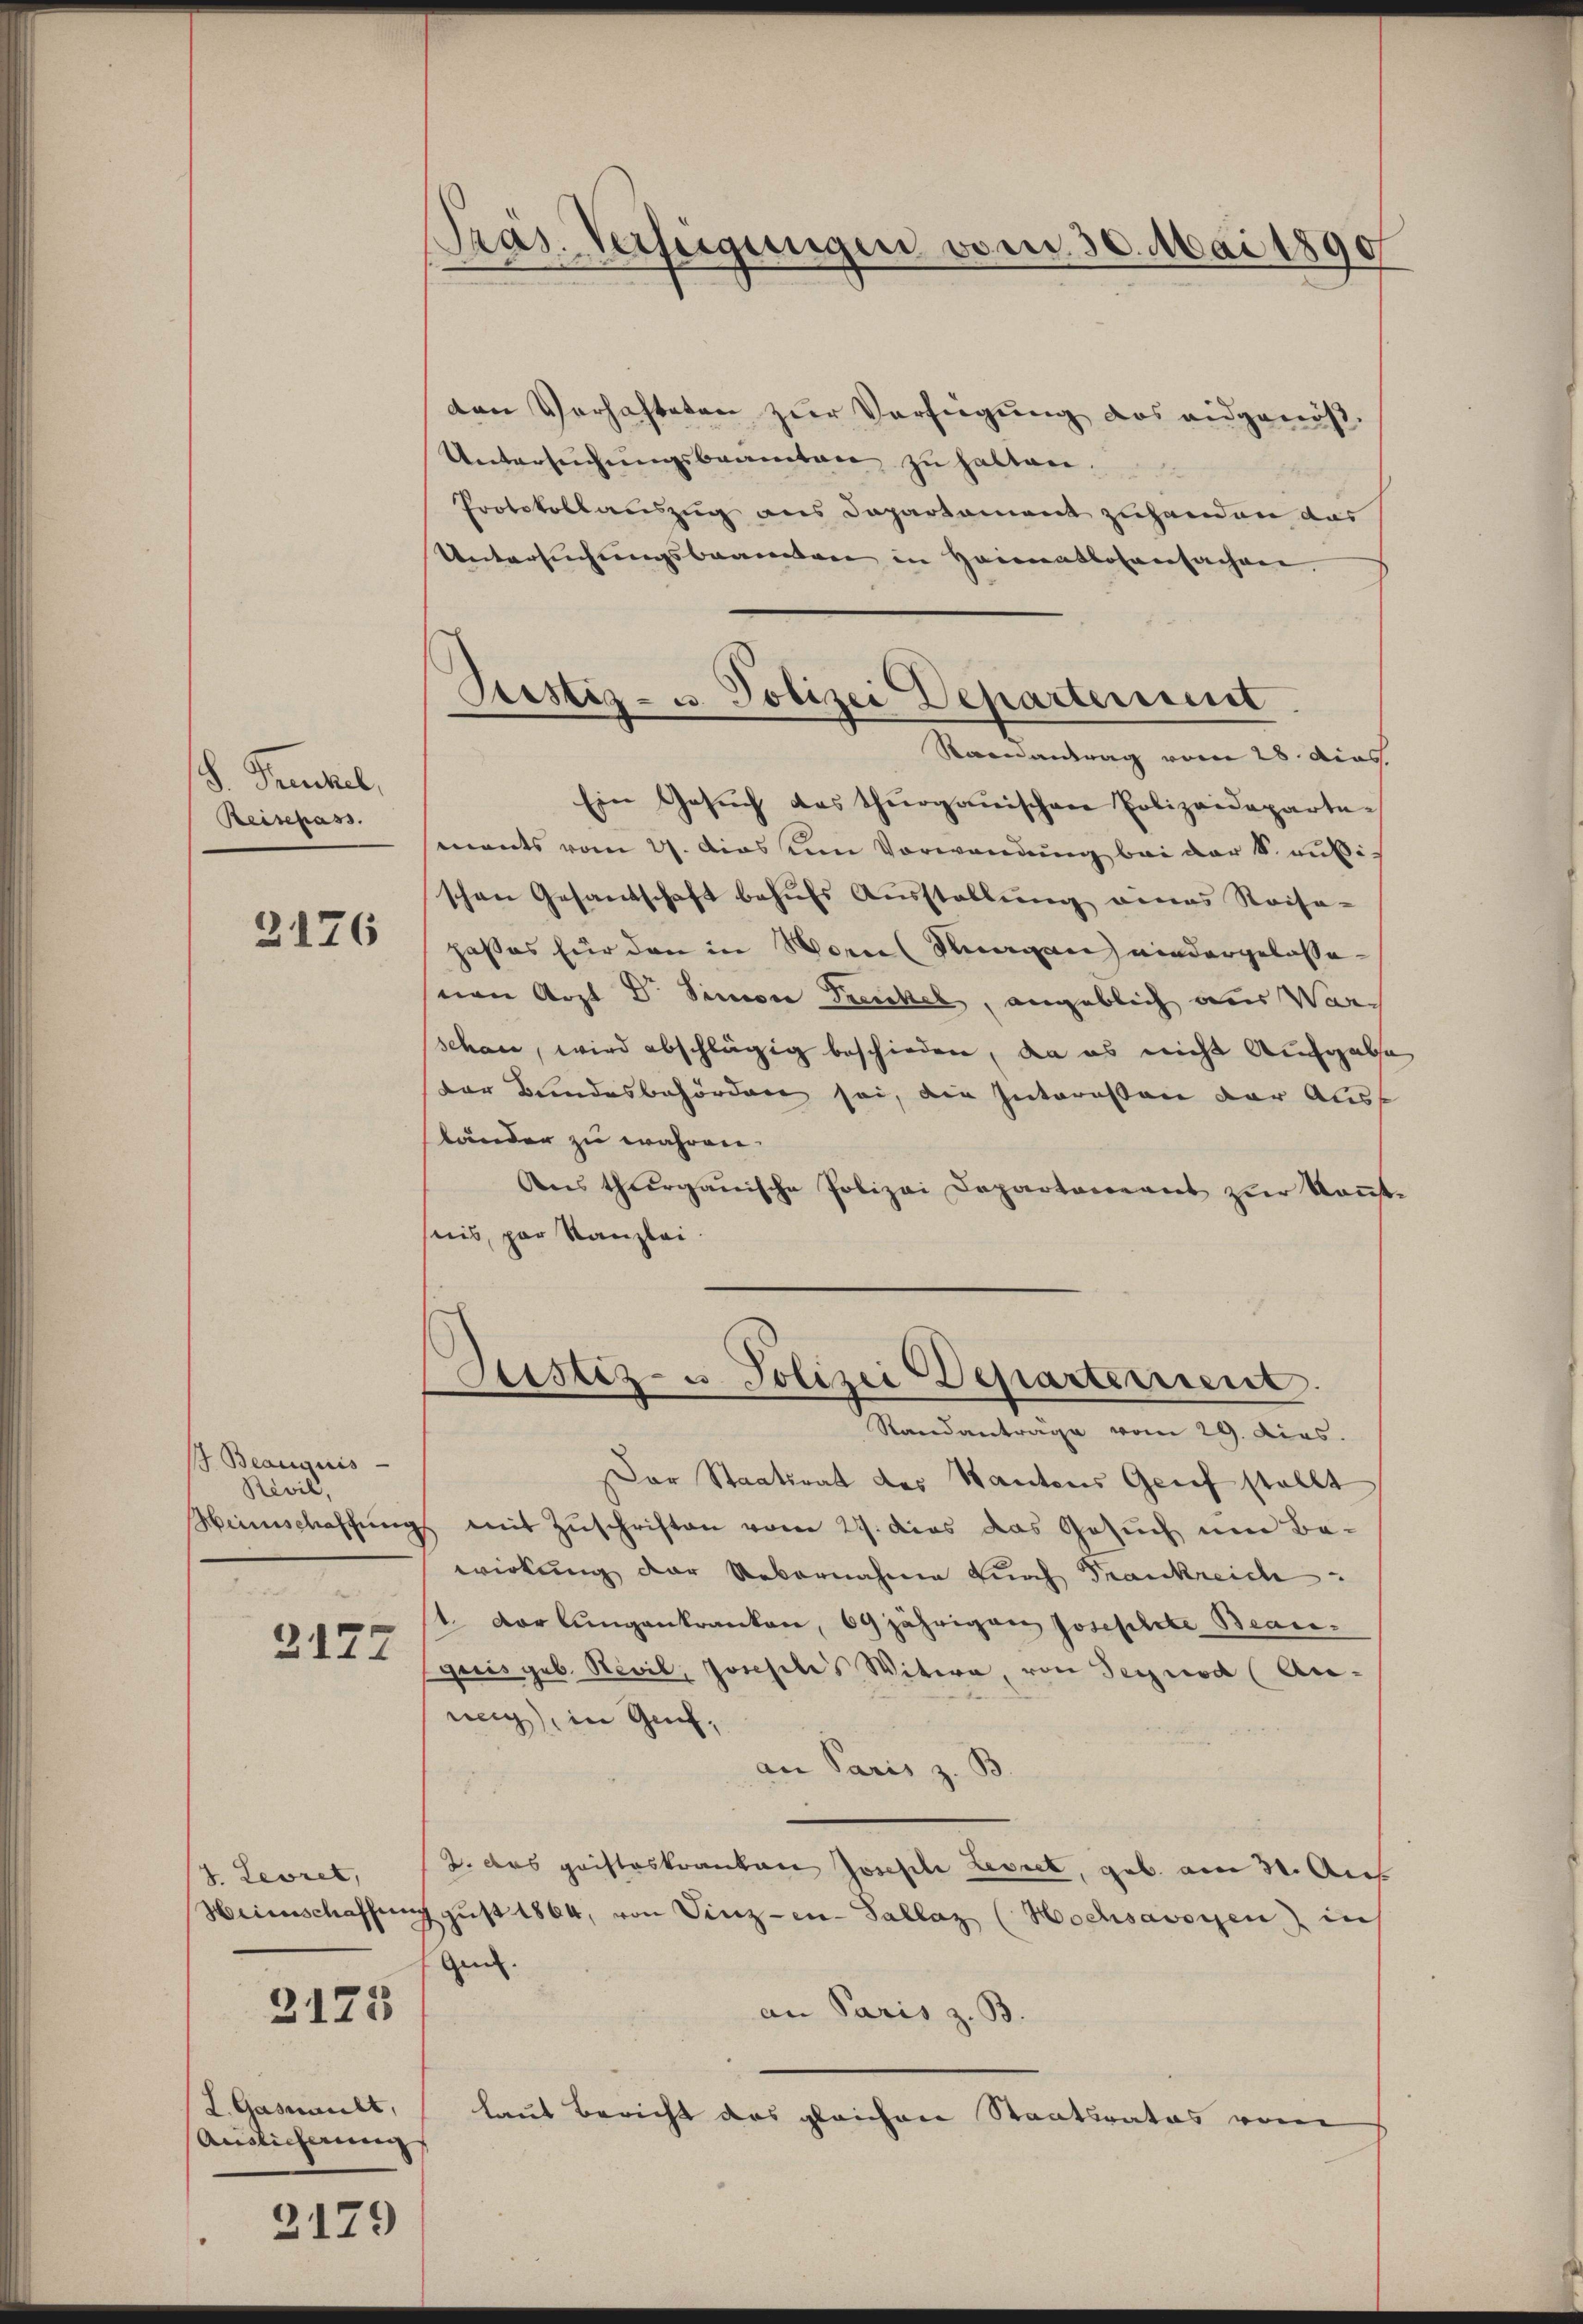
S. Treichel,
Reisehass.

2176

Beauguis
Révil,
Hiinischaffung
2177

8. Leoret,
Heieinschaffee
L. Gasumult,
Auslicherung

3175

2179

Präs. Verfügungen vom 30. Mai 1890

Justiz- u. Polizei Departement
Raenantrag vom 28. Dias.

den Verhafteten zur Verfügung das eidgenöß¬
Untersŭchŭngsbeamten zu halten.
Protokollauszug aus Departement zuhanden das
Untersuchungsbeamten in Heimatlosensachen.
Ein Gesŭch das Thurgauischen Polizeidepartements vom 27. Das von Vorwandung bei der S. aussischen Gesandschaft behŭfs Ausstellŭng eines Raisa-
hasses für den in Worne (Kragen niedergelassenen Arzt Dr. Simon Treichel, angeblich aus Warschaue, wird abschlägig beschieden, da es nicht Aufgabsa
der Bundesbehörden sei, die Interasten der Auss
bänder zu währen.
Ans thurgauische Polizei Departeneant zŭr Keṅt-
suis, par Kanzlei.
Zustiz- u Polizei Departement.
Standantrage vom 29. dies.
Der Staatsrat des Santens Genf stellt
 mit Zuschriften vom 27. dies das Gesuch um Be-
wirkung der Uebernahme durch Frankreich
1. Der Lungenkranken, 69 jährigen Josephete Beaugaris geb. Nevil, Josehilis Witwe, von Segnod (Auweig, in Gech,
an Paris z. B
2. das gaisteskranken Joseph Leviel, geb. am 31. Au
gŭst 1864, von Vinzen-Sallaz (Hochsavoyen in
Geich.
an Paris z. B.
laut Bericht das gleichen Staatsrates vom